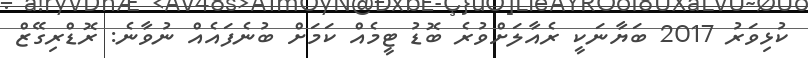
ކުޅިވަރު 2017 ބަޔާނަކީ ރެއާލަށްވުރެ ބޮޑު ޓީމެއް ކަމަށް ބުނެފައެއް ނުވާނެ: ރޮޑްރިގޭޒް